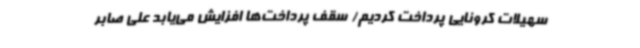
سهیلات کرونایی پرداخت کردیم/ سقف پرداخت‌ها افزایش می‌یابد علی صابر